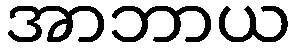
အာဘာယ